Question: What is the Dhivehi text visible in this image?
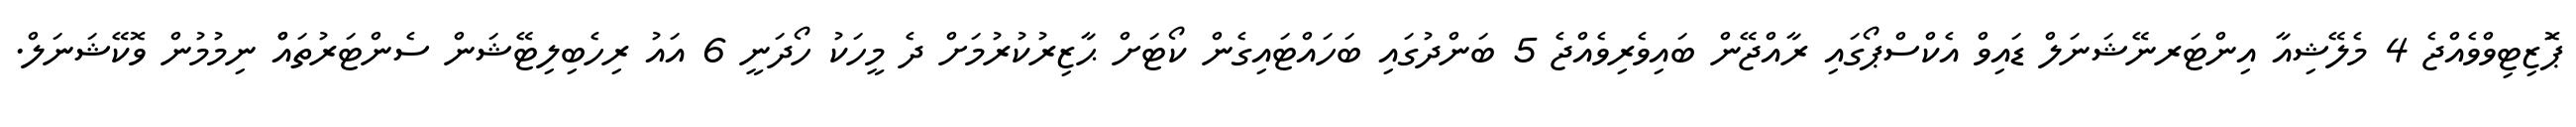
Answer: ޕަޮޒިޓިވްވެއްޖެ 4 މެލޭޝިއާ އިންޓަރނޭޝަނަލް ޑައިވް އެކްސްޕޯގައި ރާއްޖޭން ބައިވެރިވެއްޖެ 5 ބަންދުގައި ބަހައްޓައިގެން ކޯޓަށް ޙާޒިރުކުރުމަށް ދެ މީހަކު ހޯދަނީ 6 އައު ރިހެބިލިޓޭޝަން ސެންޓަރުތައްް ނިމުމުން ވޮކޭޝަނަލް.